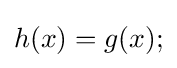
h(x)=g(x);